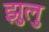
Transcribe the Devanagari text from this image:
झुलु